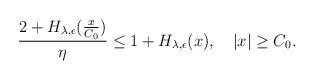
LaTeX: \begin{align*} \begin{aligned} \frac{2+H_{\lambda,\epsilon}(\frac{x}{C_0})}{\eta}\leq 1+ H_{\lambda,\epsilon}(x),~~ ~|x|\geq C_0. \end{aligned} \end{align*}